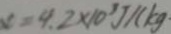
x = 4 . 2 \times 1 0 ^ { 3 } J / ( k g \cdot